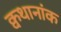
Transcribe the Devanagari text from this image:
क्वथानांक